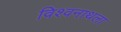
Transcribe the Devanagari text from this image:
विश्वनाथला